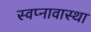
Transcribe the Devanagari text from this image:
स्वप्नावास्था